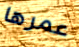
عمرها